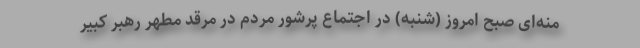
منه‌ای صبح امروز (شنبه) در اجتماع پرشور مردم در مرقد مطهر رهبر کبیر